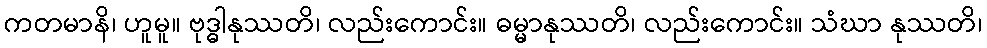
ကတမာနိ၊ ဟူမူ။ ဗုဒ္ဓါနုဿတိ၊ လည်းကောင်း။ ဓမ္မာနုဿတိ၊ လည်းကောင်း။ သံဃာ နုဿတိ၊